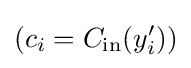
(c_{i}=C_{\text{in}}(y_{i}'))